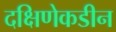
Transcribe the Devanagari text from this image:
दक्षिणेकडीन